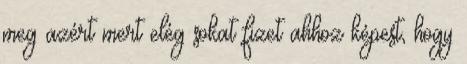
meg azért mert elég sokat fizet ahhoz képest, hogy